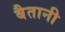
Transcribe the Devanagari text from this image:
बैतानी